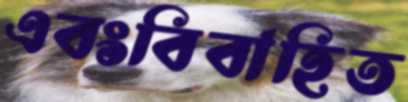
এবংবিবাহিত